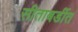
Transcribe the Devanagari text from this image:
सीताबर्डीत